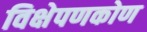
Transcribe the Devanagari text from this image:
विक्षेपणकोण